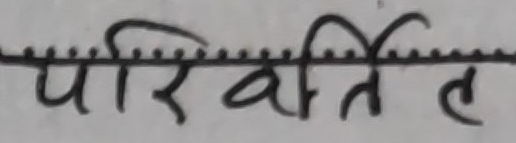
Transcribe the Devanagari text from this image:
परिवर्तित